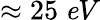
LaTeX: \approx 25~{\mathit eV}